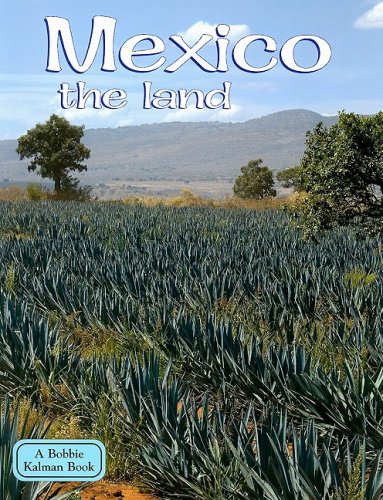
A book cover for Mexico the Land (Lands, Peoples, & Cultures); Bobbie Kalman; Children's Books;